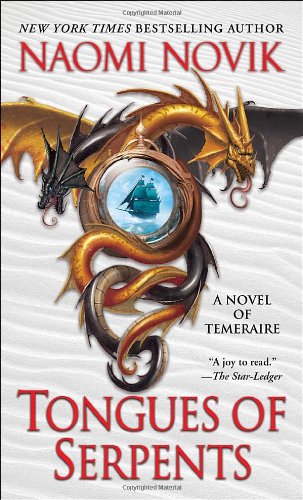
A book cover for Tongues of Serpents: A Novel of Temeraire; Naomi Novik; Science Fiction & Fantasy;